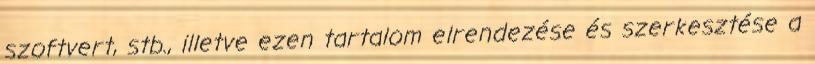
szoftvert, stb., illetve ezen tartalom elrendezése és szerkesztése a